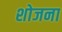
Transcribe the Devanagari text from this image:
शोजना